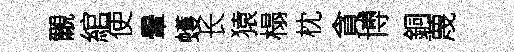
覼綰使暈蠖长猿榻枕貪博銅蔑